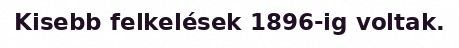
Kisebb felkelések 1896-ig voltak.